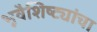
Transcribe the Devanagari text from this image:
भूवैशिष्ट्यांचा